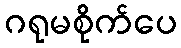
ဂရုမစိုက်ပေ